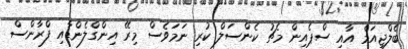
ބެލްޖިއަމް އާއި ސްޕެއިން މެޗު ކެންސަލް ކުރި ނަމަވެސް މިރޭ އިންގްލެންޑާއި ފްރާންސް